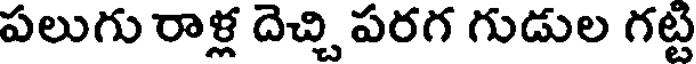
పలుగు రాళ్ల దెచ్చి పరగ గుడుల గట్ట